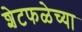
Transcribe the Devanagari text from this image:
शेटफळेच्या